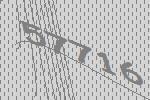
57716